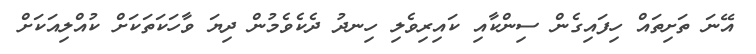
އޭނަ ތަށިތައް ހިފައިގެން ސިންކާއި ކައިރިވެލި ހިނދު ދެކެވެމުން ދިޔަ ވާހަކަތަކަށް ކުއްލިއަކަށް